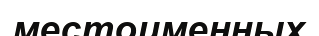
местоименных